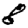
Digit: 8